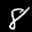
Label: 8